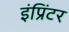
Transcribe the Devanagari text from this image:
इंप्रिंटर